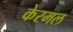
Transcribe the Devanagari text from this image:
केरमल